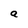
Character: a